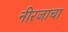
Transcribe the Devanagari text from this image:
नीरजाचा